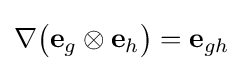
\nabla {\bigl (}\mathbf {e} _{g}\otimes \mathbf {e} _{h}{\bigr )}=\mathbf {e} _{gh}